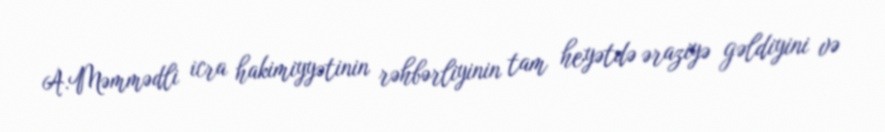
A.Məmmədli icra hakimiyyətinin rəhbərliyinin tam heyətdə əraziyə gəldiyini və